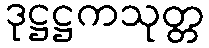
ဒုဋ္ဌဋ္ဌကသုတ္တ